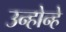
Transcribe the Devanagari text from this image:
उन्होन्हे